画像に写った文字を読んでください
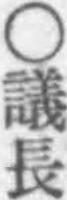
「○議長」と書いてあります